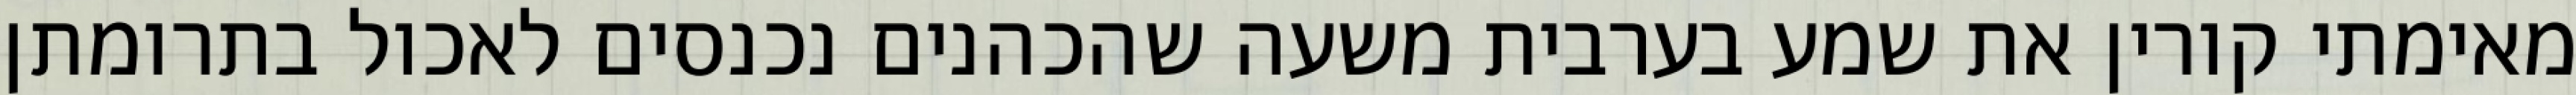
מאימתי קורין את שמע בערבית משעה שהכהנים נכנסים לאכול בתרומתן